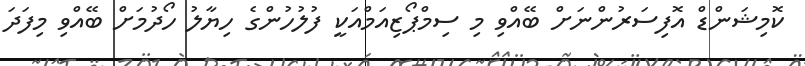
ކޮމިޝަންޑް އޮފިސަރުންނަށް ބޭއްވި މި ސިމްޕޯޒިއަމްއަކީ ފުލުހުންގެ ހިޔާލު ހޯދުމަށް ބޭއްވި މިފަދަ